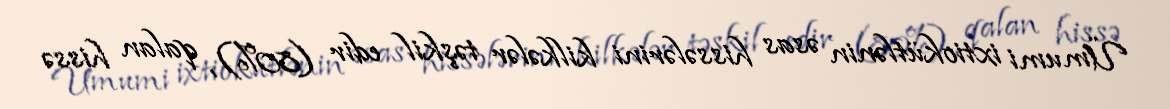
Ümumi ixtiokütlənin əsas hissələrini kilkələr təşkil edir (80%), qalan hissə